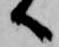
へ